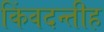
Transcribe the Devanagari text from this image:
किंवदन्तीह